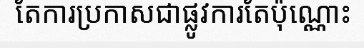
តែការប្រកាសជាផ្លូវការតែប៉ុណ្ណោះ